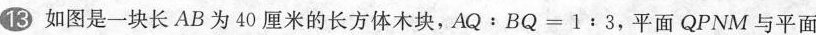
13如图是一块长AB为40厘米的长方体木块，AQ﹔BQ=1:3，平面 QPNM 与平面